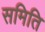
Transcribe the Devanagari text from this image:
समिति